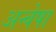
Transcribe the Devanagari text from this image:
अन्वेषा